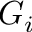
G _ { i }